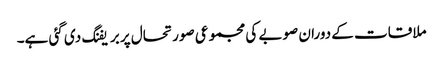
ملاقات کے دوران صوبے کی مجموعی صورتحال پر بریفنگ دی گئی ہے۔